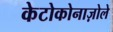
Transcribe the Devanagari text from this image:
केटोकोनाज़ोले